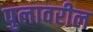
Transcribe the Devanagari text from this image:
पुलावरील